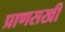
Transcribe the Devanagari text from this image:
प्राणसखी